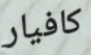
كافيار